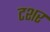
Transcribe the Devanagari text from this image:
टशर